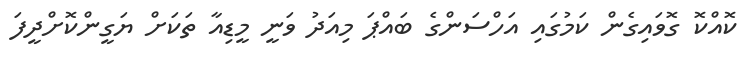
ކޮއްކޮ ގޮވައިގެން ކަމުގައި އަހްސަންގެ ބައްޕަ މިއަދު ވަނީ މީޑިއާ ތަކަށް ޔަގީންކޮށްދީފަ